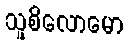
သူစိလောမော